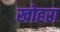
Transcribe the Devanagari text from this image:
खोहरा